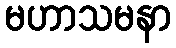
မဟာသမနာ